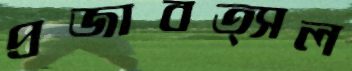
প্রজাবত্সল